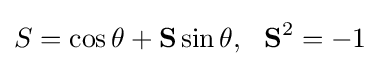
S=\cos \theta +\mathbf {S} \sin \theta ,\ \ \mathbf {S} ^{2}=-1